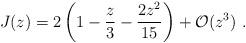
LaTeX: \begin{align*}J(z) = 2 \left( 1 - \frac{z}{3} - \frac{2 z^{2}}{15} \right) + {\cal O}(z^{3}) \ . \end{align*}